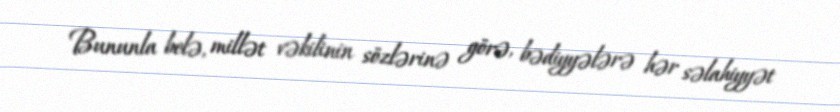
Bununla belə, millət vəkilinin sözlərinə görə, bədiyyələrə hər səlahiyyət